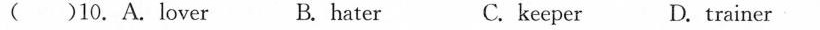
( ) 10.A.lover B.hater C.keeper D.trainer